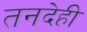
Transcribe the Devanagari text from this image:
तनदेही